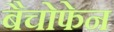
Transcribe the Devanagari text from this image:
बैचोफेन